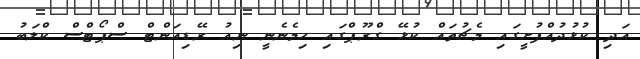
އަދި ކުޅުދުއްފުށީގައި މެޗުތައް ކުޅޭ ގްރޫޕްގައި ހިމެނެނީ ނިއު ރޭޑިއަންޓް ސްޕޯޓްސް ކްލަބު